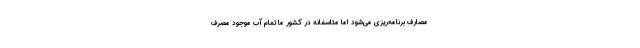
مصارف برنامه‌ریزی می‌شود اما متاسفانه در کشور ما تمام آب موجود مصرف